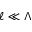
\ell \ll \Lambda